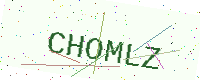
Text: CHOMLZ